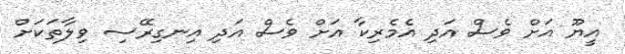
އީޔޫ އަށް ވެސް އަދި އެމެރިކާ އަށް ވެސް އަދި އިނގިރޭސި ވިލާތަކަށް